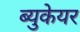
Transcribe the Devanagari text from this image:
ब्युकेयर